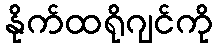
နိုက်ထရိုဂျင်ကို